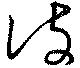
彼